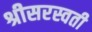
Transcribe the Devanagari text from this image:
श्रीसरस्वती